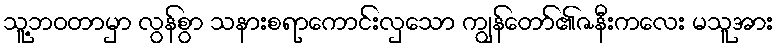
သူ့ဘဝတာမှာ လွန်စွာ သနားစရာကောင်းလှသော ကျွန်တော်၏ဇနီးကလေး မသူအား